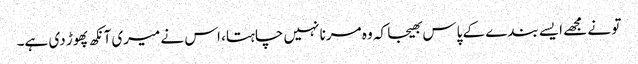
تو نے مجھے ایسے بندے کے پاس بھیجا کہ وہ مرنا نہیں چاہتا، اس نے میری آنکھ پھوڑ دی ہے۔